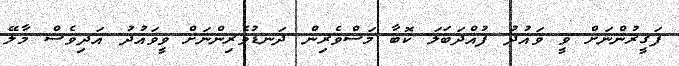
ފަގީރުންނަށް ވީ ވައުދު ފުއްދަބަލަ ކޮބާ މަސްވެރިން ދަނޑުވެރިންނަށް ވީވައުދު އަދިވެސް މާލޭ